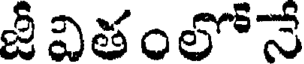
జీ వితంలోనే